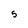
Character: 5